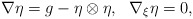
\begin{align*}\nabla \eta=g-\eta\otimes\eta, \ \ \nabla_{\xi} \eta=0,\end{align*}